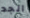
الجد